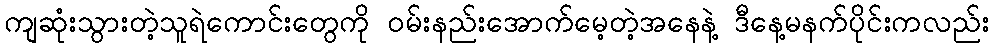
ကျဆုံးသွားတဲ့သူရဲကောင်းတွေကို ဝမ်းနည်းအောက်မေ့တဲ့အနေနဲ့ ဒီနေ့မနက်ပိုင်းကလည်း